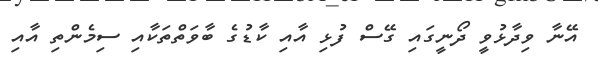
އޭނާ ވިދާޅުވީ ދޯނީގައި ގޭސް ފުޅި އާއި ކާޑުގެ ބާވަތްތަކާއި ސިމެންތި އާއި